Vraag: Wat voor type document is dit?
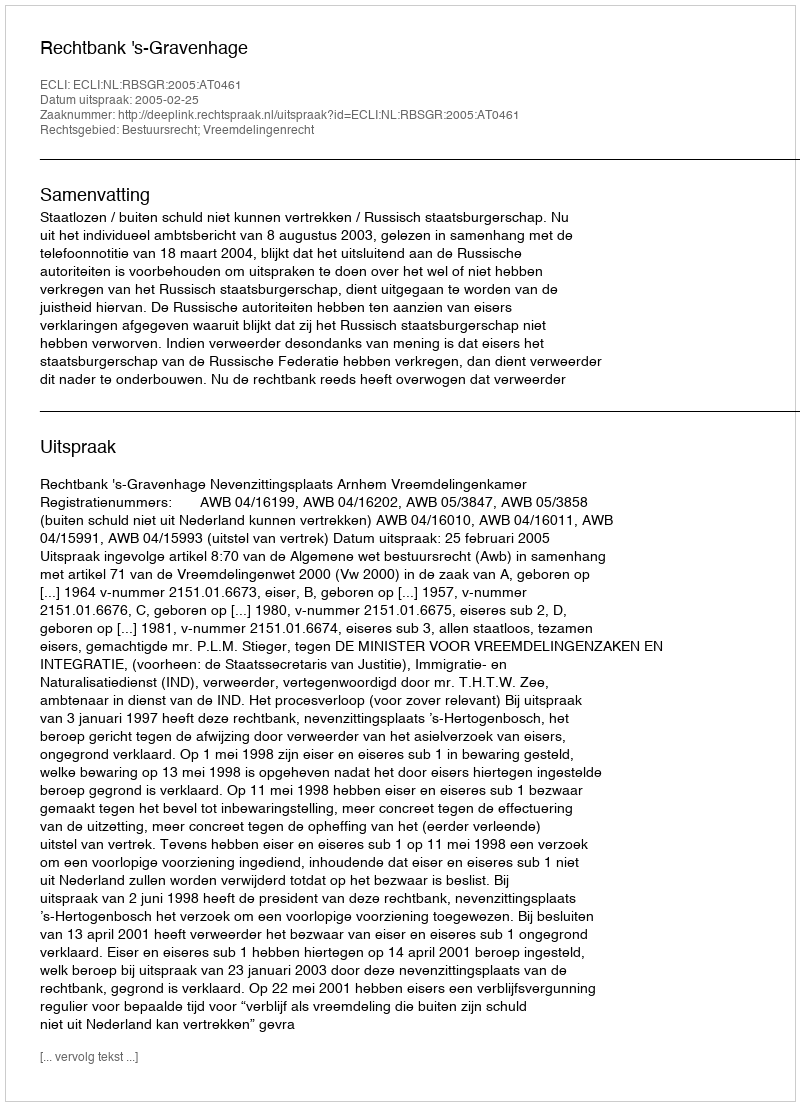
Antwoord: Uitspraak